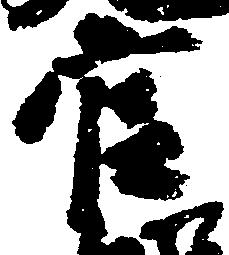
官